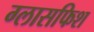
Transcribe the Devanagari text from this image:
ग्लासफिश